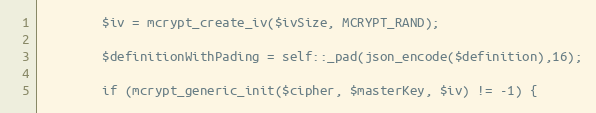
Language: PHP
        $iv = mcrypt_create_iv($ivSize, MCRYPT_RAND);

        $definitionWithPading = self::_pad(json_encode($definition),16);

        if (mcrypt_generic_init($cipher, $masterKey, $iv) != -1) {